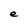
Character: e